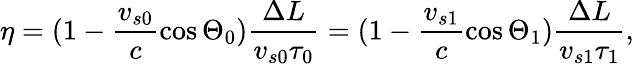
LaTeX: \eta=(1-\frac{v_{s0}}{c}\cos\Theta_{0})\frac{\Delta L}{v_{s0}\tau_{0}}=(1-\frac{v_{s1}}{c}\cos\Theta_{1})\frac{\Delta L}{v_{s1}\tau_{1}},